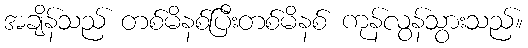
အချိန်သည် တစ်မိနစ်ပြီးတစ်မိနစ် ကုန်လွန်သွားသည်။